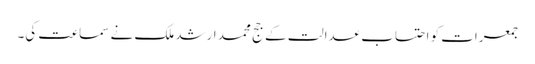
جمعرات کو احتساب عدالت کے جج محمد ارشد ملک نے سماعت کی۔